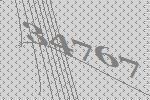
34767